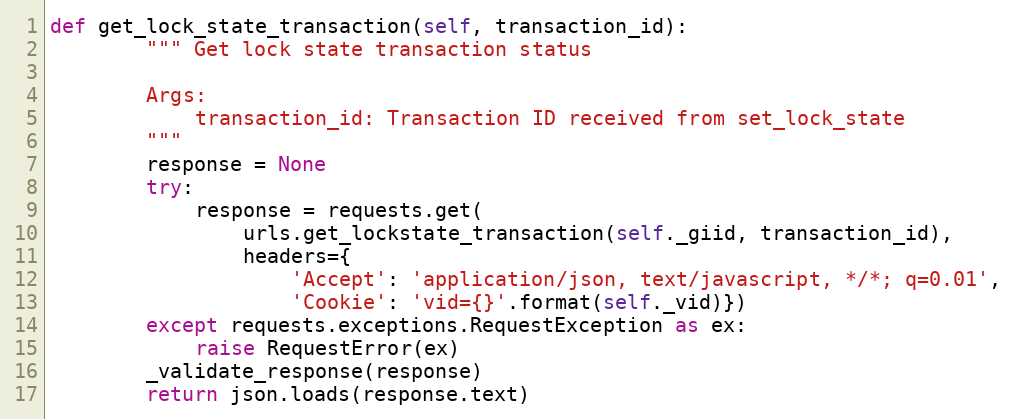
Language: Python
def get_lock_state_transaction(self, transaction_id):
        """ Get lock state transaction status

        Args:
            transaction_id: Transaction ID received from set_lock_state
        """
        response = None
        try:
            response = requests.get(
                urls.get_lockstate_transaction(self._giid, transaction_id),
                headers={
                    'Accept': 'application/json, text/javascript, */*; q=0.01',
                    'Cookie': 'vid={}'.format(self._vid)})
        except requests.exceptions.RequestException as ex:
            raise RequestError(ex)
        _validate_response(response)
        return json.loads(response.text)